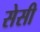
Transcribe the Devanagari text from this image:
सेसी